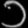
Digit: ၁